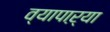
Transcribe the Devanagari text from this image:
व्यापाऱ्या